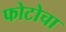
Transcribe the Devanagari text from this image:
फोटोचा